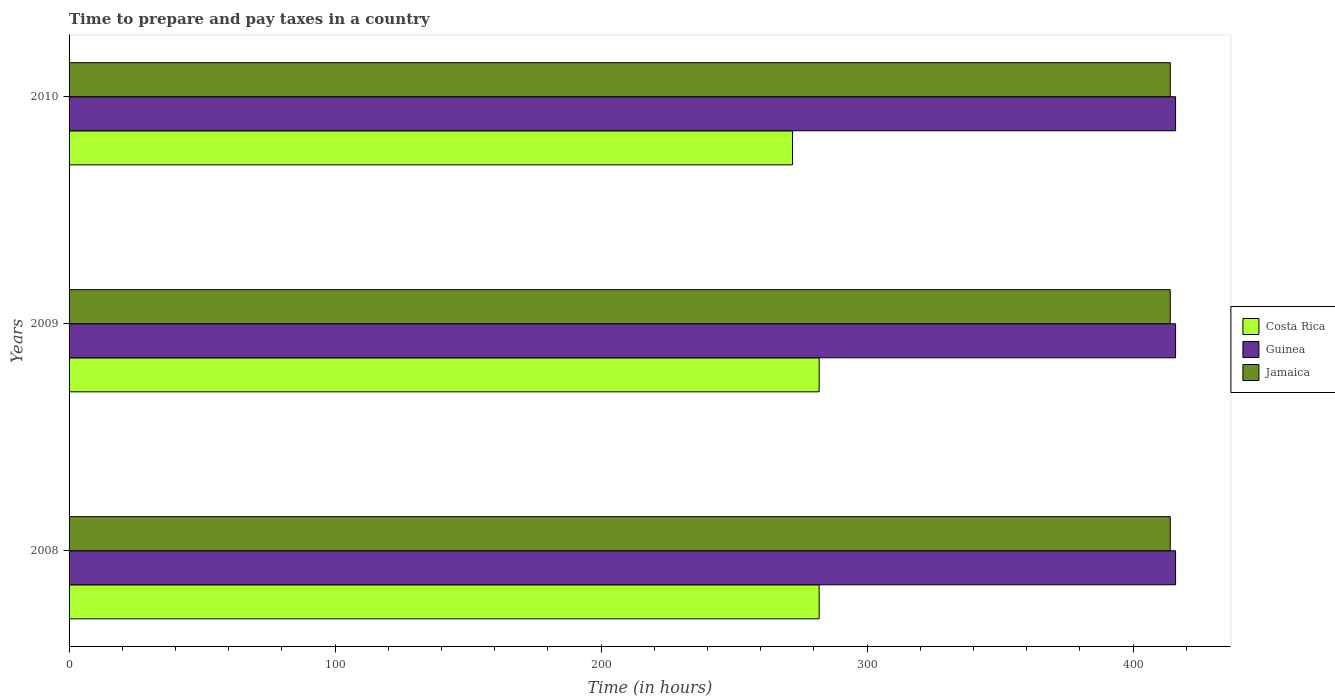
| Years | Costa Rica | Guinea | Jamaica |
 | --- | --- | --- | --- |
 | 2008 | 282 | 416 | 414 |
 | 2009 | 282 | 416 | 414 |
 | 2010 | 272 | 416 | 414 |